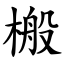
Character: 㮽